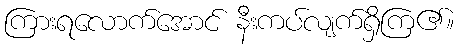
ကြားရလောက်အောင် နီးကပ်လျက်ရှိကြ၏။